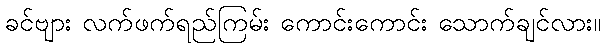
ခင်ဗျား လက်ဖက်ရည်ကြမ်း ကောင်းကောင်း သောက်ချင်လား။